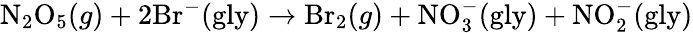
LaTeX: \mathrm{N}_{2}\mathrm{O}_{5}(g)+2\mathrm{Br}^{-}(\mathrm{gly})\rightarrow\mathrm{Br}_{2}(g)+\mathrm{NO}_{3}^{-}(\mathrm{gly})+\mathrm{NO}_{2}^{-}(\mathrm{gly})